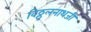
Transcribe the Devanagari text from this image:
विठ्ठलनाथजी